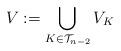
LaTeX: \begin{align*} V := \bigcup_{K\in\mathcal{T}_{n-2}} V_K \end{align*}